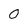
Character: 0